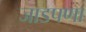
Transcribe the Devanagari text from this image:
जाडपणा